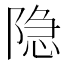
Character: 隐